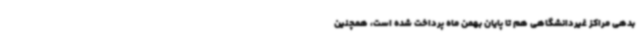
بدهی مراکز غیردانشگاهی هم تا پایان بهمن ماه پرداخت شده است، همچنین